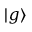
| g \rangle